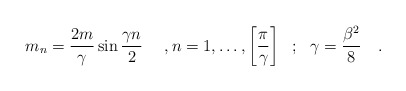
\begin{align*} m_{n} = \frac{2m}{\gamma} \sin \frac{\gamma n}{2} ~~~~,n=1, \ldots , \left[\frac{\pi}{\gamma}\right] ~~;~~\gamma = \frac{\beta^{2}}{8}~~~.\end{align*}